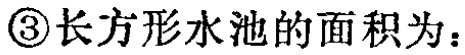
\textcircled{3}长方形水池的面积为：